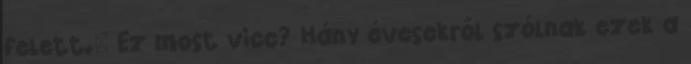
felett." Ez most vicc? Hány évesekről szólnak ezek a